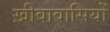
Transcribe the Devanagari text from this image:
ख़ीवावासियों